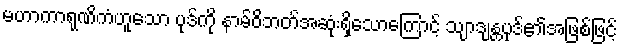
မဟာကာရုဏိကံဟူသော ပုဒ်ကို နာမ်ဝိဘတ်အဆုံးရှိသောကြောင့် သျာဒျန္တပုဒ်၏အဖြစ်ဖြင့်